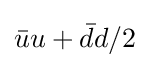
{\bar {u}}u+{\bar {d}}d/2